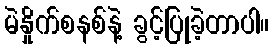
မဲနှိုက်စနစ်နဲ့ ခွင့်ပြုခဲ့တာပါ။